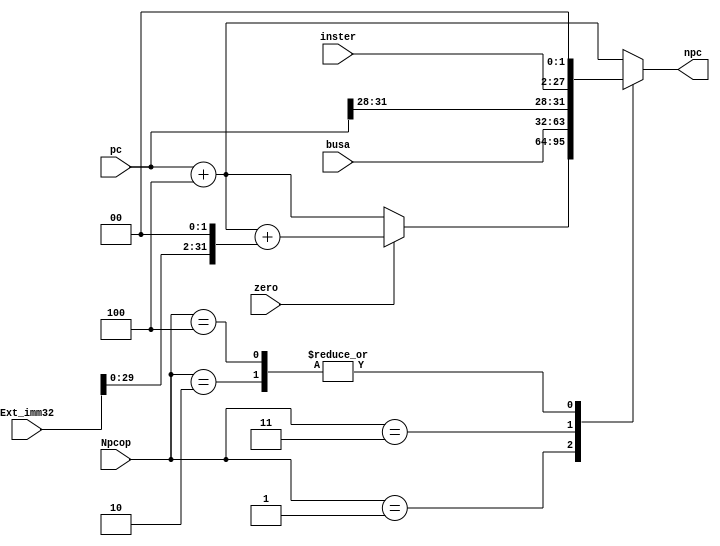
module npc(pc,Ext_imm32,inster,busa,Npcop,zero,npc);
	input [31:0]pc;
	input [31:0]Ext_imm32;
	input [25:0]inster; 
	input [31:0]busa;
	input [2:0]Npcop;
	input zero;
	output  [31:0]npc;
	
	reg [31:0]nnpc;
  
	assign npc = nnpc;

	always@(*)
	begin
		case(Npcop)
			3'd0: nnpc = pc+4;
			3'd1: 
			begin
				if(!zero)
					nnpc = pc +4;
				else
					nnpc = pc+4+(Ext_imm32 << 2);
			end
			3'd2: nnpc = {pc[31:28],inster,2'b00};
			3'd3: nnpc = busa;
			3'd4: nnpc = {pc[31:28],inster,2'b00};
			default : nnpc = pc+4;
		endcase
	end
endmodule